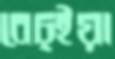
বেচ্ইয়া